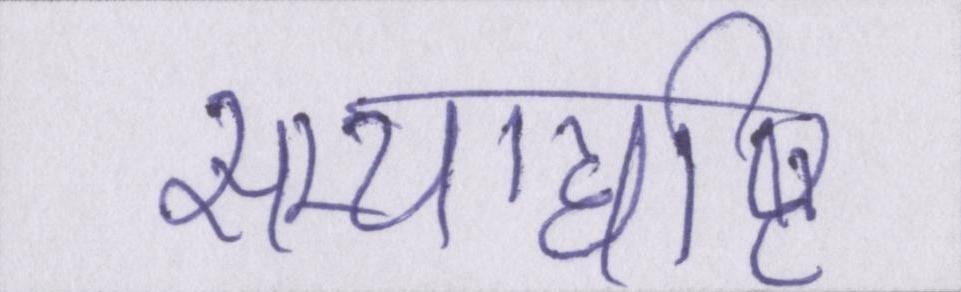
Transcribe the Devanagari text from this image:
सम्यग्दृष्टि